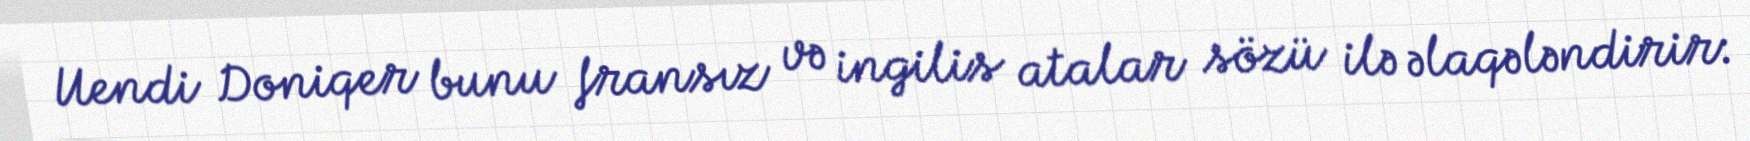
Uendi Doniqer bunu fransız və ingilis atalar sözü ilə əlaqələndirir: